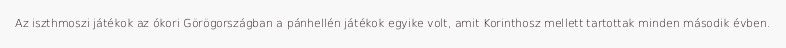
Az iszthmoszi játékok az ókori Görögországban a pánhellén játékok egyike volt, amit Korinthosz mellett tartottak minden második évben.